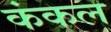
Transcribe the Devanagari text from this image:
कंकल